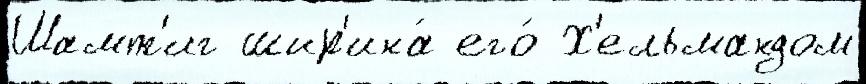
Шамт'иг шир'ина́ его́ Х'ельмандом